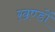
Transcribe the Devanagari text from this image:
ख़ण्डों